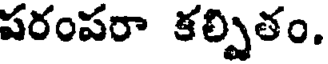
పరంపరా కల్పితం.